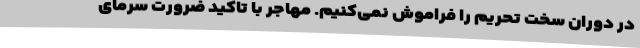
در دوران سخت تحریم را فراموش نمی‌کنیم. مهاجر با تاکید ضرورت سرمای